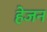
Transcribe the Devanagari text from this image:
हेजन